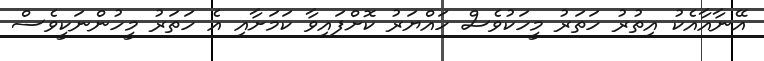
އޭނާއާއެކު އިތުރު ހަތަރު މީހަކުވެސް ހައްޔަރު ކޮށްފައިވާ ކަމަށާއި އެ ހަތަރު މީހުންނަކީވެސް